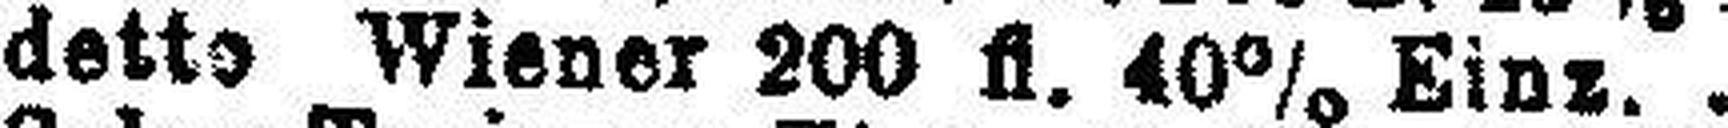
detto Wiener 200 fl. 40% Einz.